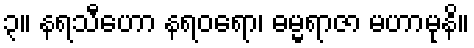
၃။ နရသီဟော နရဝရော၊ ဓမ္မရာဇာ မဟာမုနိ။